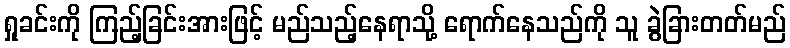
ရှုခင်းကို ကြည့်ခြင်းအားဖြင့် မည်သည့်နေရာသို့ ရောက်နေသည်ကို သူ ခွဲခြားတတ်မည်